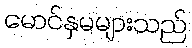
မောင်နှမများသည်